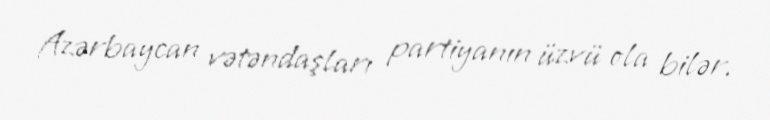
Azərbaycan vətəndaşları partiyanın üzvü ola bilər.